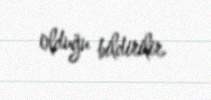
olduğu bildirilir.